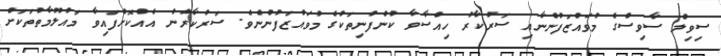
ސިވިލް ސާވިސްގެ މުވައްޒަފުންނާއި ސަރުކާރު ހިއްސާވާ ކުންފުނިތަކުގެ މުވައްޒަފުންނެވެ. ސަރުކާރުން އެއްކޮށްފައިވާ މައުލޫމާތުތަކަށް